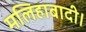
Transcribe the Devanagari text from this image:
मलिहाबादी।